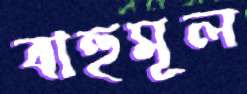
বাহুমূল